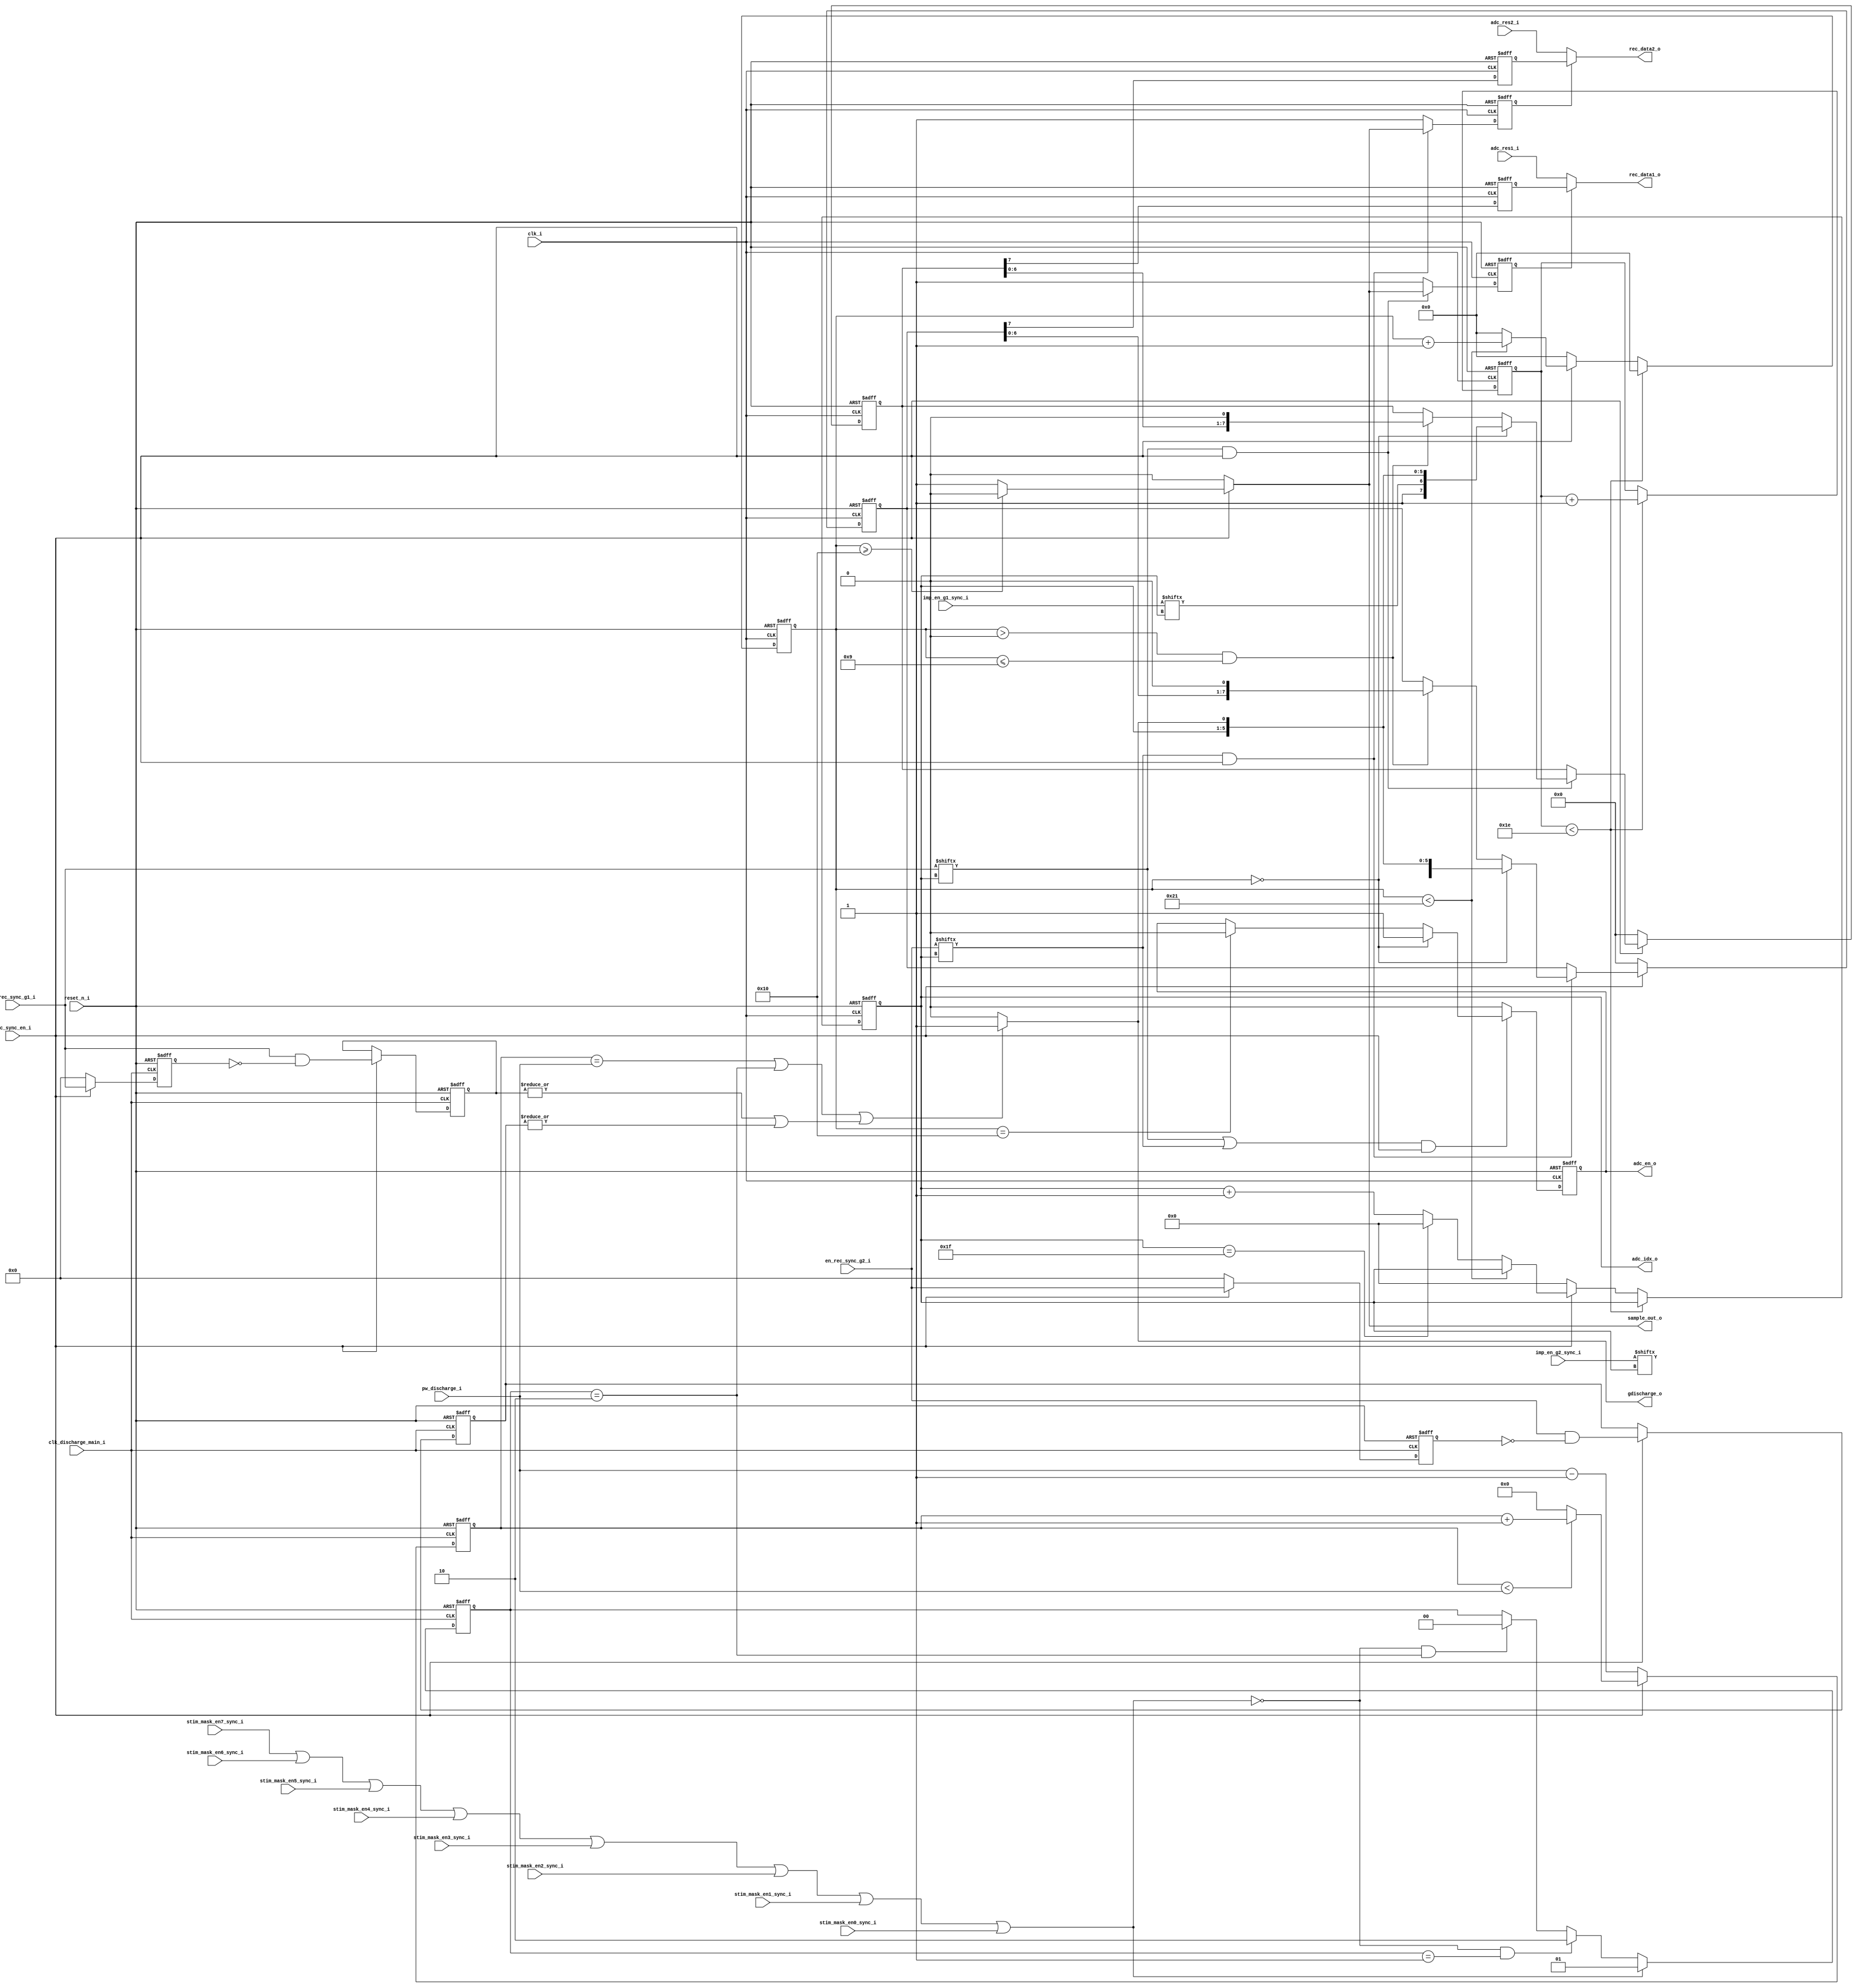
/* icglue keep begin head */
/*
 * Module      : rec_ctrl
 * Project Name: W_ICONS
 * Company     : Blackrock Neurotech
 */
/* icglue keep end */
`timescale 1ns/1ps

module rec_ctrl (
    reset_n_i,
    stim_mask_en0_sync_i,
    stim_mask_en1_sync_i,
    stim_mask_en2_sync_i,
    stim_mask_en3_sync_i,
    stim_mask_en4_sync_i,
    stim_mask_en5_sync_i,
    stim_mask_en6_sync_i,
    stim_mask_en7_sync_i,
    clk_i,
    clk_discharge_main_i,
    gdischarge_o,
    pw_discharge_i,
    rec_sync_en_i,
    adc_en_o,
    sample_out_o,
    adc_res1_i,
    adc_res2_i,
    rec_data1_o,
    rec_data2_o,
    adc_idx_o,
    imp_en_g1_sync_i,
    imp_en_g2_sync_i,
    en_rec_sync_g1_i,
    en_rec_sync_g2_i
);
    /* icglue keep begin parameters *//* icglue keep end */

    input         reset_n_i;
    input         stim_mask_en0_sync_i;
    input         stim_mask_en1_sync_i;
    input         stim_mask_en2_sync_i;
    input         stim_mask_en3_sync_i;
    input         stim_mask_en4_sync_i;
    input         stim_mask_en5_sync_i;
    input         stim_mask_en6_sync_i;
    input         stim_mask_en7_sync_i;
    input         clk_i;
    input         clk_discharge_main_i;
    output        gdischarge_o;
    input  [19:0] pw_discharge_i;
    input         rec_sync_en_i;
    output        adc_en_o;
    output        sample_out_o;
    input         adc_res1_i;
    input         adc_res2_i;
    output        rec_data1_o;
    output        rec_data2_o;
    output  [4:0] adc_idx_o;
    input  [31:0] imp_en_g1_sync_i;
    input  [31:0] imp_en_g2_sync_i;
    input  [31:0] en_rec_sync_g1_i;
    input  [31:0] en_rec_sync_g2_i;
    /* icglue keep begin declarations */
    reg  [4:0]  initial_dly;
    reg  [5:0]  adc_seq;
    reg         sample_out_o;
    reg         sample_out_adc1_1d,sample_out_adc2_1d;
    reg         adc_en_o;
    reg  [4:0]  adc_idx;
    wire [4:0]  adc_idx_o;
    reg  [7:0]  imp_adc1_idx;  //{adc1_idx -> [4:0],  imp ->[5]}
    reg         imp_adc1_idx_1d;
    reg  [7:0]  imp_adc2_idx;  //{adc2_idx -> [4:0],  imp ->[5]}
    reg         imp_adc2_idx_1d;
    reg  [19:0] discharge_cnt;
    wire        gdischarge_o; 
    wire        stim_mask_en;
    reg   [1:0] stim_discharge;
    reg  [31:0] en_g1_1d;
    reg  [31:0] en_g2_1d;
    reg  [31:0] rec_change_g1;
    reg  [31:0] rec_change_g2;
    wire        change_g1_g2;


    assign stim_mask_en = (stim_mask_en7_sync_i | stim_mask_en6_sync_i | stim_mask_en5_sync_i | stim_mask_en4_sync_i | stim_mask_en3_sync_i | stim_mask_en2_sync_i | stim_mask_en1_sync_i | stim_mask_en0_sync_i);

    always @(posedge clk_i or negedge reset_n_i) 
    begin
        if (reset_n_i == 1'b0) begin
            initial_dly     <= 'b0;
            adc_seq         <= 'b0;
            adc_idx         <= 'b0;   

        end else begin
            if (initial_dly < 6'd30  ) begin
                adc_seq   <= 'b0;
                initial_dly     <=  initial_dly + 1'b1;

            end else begin
                if (rec_sync_en_i) begin
                    if (adc_seq < 6'd33) begin
                        adc_seq    <= adc_seq + 1'b1;
                    end else begin
                        adc_seq     <= 'b0;
                        adc_idx     <= adc_idx + 1'b1;
                        if (adc_idx == 5'd31) begin
                            adc_idx <= 'b0;   
                        end
                    end           
                end else begin
                    adc_seq   <= 'b0;
                    adc_idx   <= 'b0;  
                end 
            end
        end 
    end
    assign adc_idx_o = adc_idx;
    
    // control the adc_idx_serial
    always @(posedge clk_i or negedge reset_n_i) 
    begin
        if (reset_n_i == 1'b0) begin
            imp_adc1_idx          <= 'b0;
            imp_adc2_idx          <= 'b0;
            imp_adc1_idx_1d       <= 'b0;  
            imp_adc2_idx_1d       <= 'b0;
            adc_en_o              <= 'b0;
            
        end else begin
            if (en_rec_sync_g1_i[adc_idx] && rec_sync_en_i) begin
                if ( adc_seq == 6'h0 ) begin
                    imp_adc1_idx  <= {1'b1,imp_en_g1_sync_i[adc_idx],adc_idx,gdischarge_o};                   
                end else if ( (adc_seq > 6'h0) && ((adc_seq <= 6'h9)) ) begin 
                    imp_adc1_idx      <= imp_adc1_idx << 1;                   
                end
            end

            if (en_rec_sync_g2_i[adc_idx] && rec_sync_en_i) begin
                if ( adc_seq == 6'h0 ) begin
                    imp_adc2_idx  <= {1'b1,imp_en_g2_sync_i[adc_idx],adc_idx,gdischarge_o};
                end else if ( (adc_seq > 6'h0) && ((adc_seq <= 6'h9)) ) begin 
                    imp_adc2_idx      <= imp_adc2_idx << 1;
                end
            end

            imp_adc1_idx_1d  <= imp_adc1_idx[7];
            imp_adc2_idx_1d  <= imp_adc2_idx[7];  

            if ( (en_rec_sync_g1_i[adc_idx] || en_rec_sync_g2_i[adc_idx]) && rec_sync_en_i) begin
                if ( adc_seq == 6'h0 ) begin
                    adc_en_o      <= 1'b1;
                end else if (adc_seq == 6'h10) begin
                    adc_en_o      <= 1'b0;
                end
            end else begin
                adc_en_o      <= 1'b0;
            end 

            if (~rec_sync_en_i) begin
                imp_adc1_idx          <= 'b0;
                imp_adc2_idx          <= 'b0;
            end
        end
    end
    
    always @(*) begin
        sample_out_o = 'b0;
        if (rec_sync_en_i) begin
            if (adc_seq>=16) begin
                sample_out_o = 1'b0;
            end else begin
                sample_out_o = 1'b1;
            end
        end else begin
            sample_out_o = 1'b0;
        end
    end

    assign rec_data1_o = sample_out_adc1_1d ?  imp_adc1_idx_1d : adc_res1_i ;
    assign rec_data2_o = sample_out_adc2_1d ?  imp_adc2_idx_1d : adc_res2_i ;

    always @(posedge clk_i or negedge reset_n_i) 
    begin
        if (reset_n_i == 1'b0) begin
            sample_out_adc1_1d   <= 'b1;
            sample_out_adc2_1d   <= 'b1;

        end else begin
            if (en_rec_sync_g1_i[adc_idx] && rec_sync_en_i ) begin
                sample_out_adc1_1d   <= sample_out_o;
            end else begin
                sample_out_adc1_1d <= 1'b1;
            end 

            if (en_rec_sync_g2_i[adc_idx] && rec_sync_en_i ) begin
                sample_out_adc2_1d   <= sample_out_o;
            end else begin
                sample_out_adc2_1d <= 1'b1;
            end
        end
    end

    //discharge pulse generation
    // control the adc_idx_serial
    always @(posedge clk_discharge_main_i or negedge reset_n_i) 
    begin
        if (reset_n_i == 1'b0) begin
            
            discharge_cnt  <= 'b0;
            stim_discharge <= 2'b0;
            en_g1_1d       <= 'b0;
            en_g2_1d       <= 'b0;
            rec_change_g1  <= 'b0;
            rec_change_g2  <= 'b0;
            
            
        end else begin
            // for when recording is activated
            if (rec_sync_en_i) begin
                if ( discharge_cnt < pw_discharge_i ) begin
                    discharge_cnt <= discharge_cnt + 1'b1;
                end else  begin
                    discharge_cnt <= 'b0;
                end 
            end else begin
                discharge_cnt <= pw_discharge_i - 1'b1;
            end

            //for when stimulation is disabled
            if (stim_mask_en) begin
                stim_discharge <= 2'd1;
            end else if ( (stim_mask_en==1'b0) && (stim_discharge == 2'd1) ) begin
                stim_discharge <= 2'd2;
            end else if ( (stim_mask_en==1'b0) && (stim_discharge == 2'd2) ) begin
                stim_discharge <= 2'd0;    
            end

            //for when recording is ongoing and a user activate another channels
            if (rec_sync_en_i) begin
                en_g1_1d       <= en_rec_sync_g1_i;
                en_g2_1d       <= en_rec_sync_g2_i;
                // to detected the rising edge on any bits of en_rec_sync_g1/g2_i : F= A & ~(A_1d)
                rec_change_g1  <= en_rec_sync_g1_i & ~(en_g1_1d) ;
                rec_change_g2  <= en_rec_sync_g2_i & ~(en_g2_1d) ;
              
            end else begin
                en_g1_1d       <= 'b0;
                en_g2_1d       <= 'b0;
            end
        end
    end
    assign change_g1_g2 = (|rec_change_g1) || (|rec_change_g2);
    assign gdischarge_o = ((discharge_cnt == pw_discharge_i) || (stim_discharge==2'd2) || change_g1_g2) ? 1'b1 : 1'b0;
  
    /* icglue keep end */
endmodule